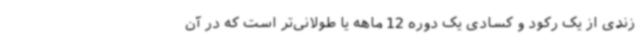
زندی از یک رکود و کسادی یک دوره 12 ماهه یا طولانی‌تر است که در آن